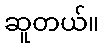
ဆူတယ်။